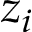
z _ { i }